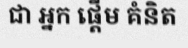
ជា អ្នក ផ្តើម គំនិត